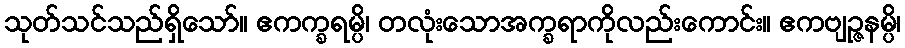
သုတ်သင်သည်ရှိသော်။ ဧကက္ခရမ္ပိ၊ တလုံးသောအက္ခရာကိုလည်းကောင်း။ ဧကဗျဉ္ဇနမ္ပိ၊